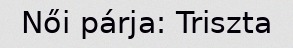
Női párja: Triszta